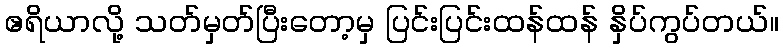
ဧရိယာလို့ သတ်မှတ်ပြီးတော့မှ ပြင်းပြင်းထန်ထန် နှိပ်ကွပ်တယ်။